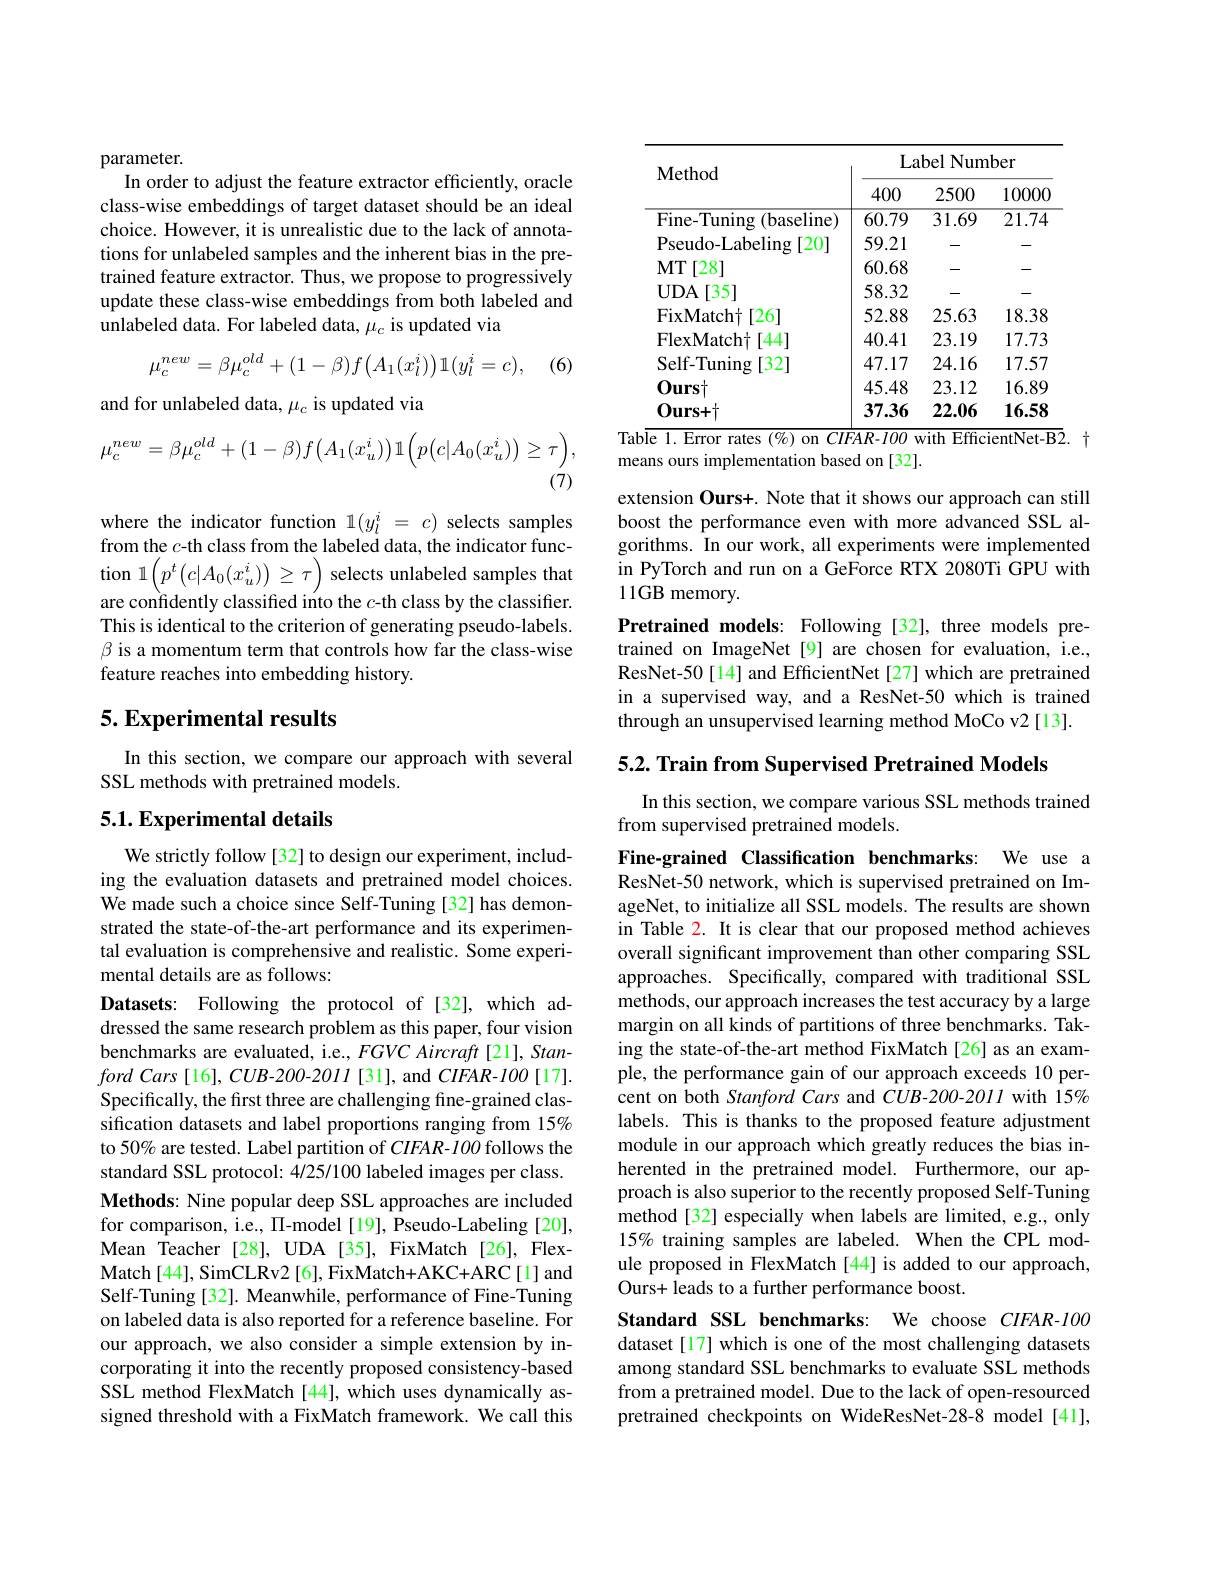
parameter.
In order to adjust the feature extractor efficiently, oracle class-wise embeddings of target dataset should be an ideal choice. However, it is unrealistic due to the lack of annotations for unlabeled samples and the inherent bias in the pretrained feature extractor. Thus, we propose to progressively update these class-wise embeddings from both labeled and unlabeled data. For labeled data, $\mu_c$ is updated via
$$\mu_c^{new}=\beta\mu_c^{old}+(1-\beta)f\big(A_1(x_l^i)\big)\mathbb{1}(y_l^i=c),$$
(6)

and for unlabeled data, $\mu_c$ is updated via
$$\mu_{c}^{new}=\beta\mu_{c}^{old}+(1-\beta)f\big(A_{1}(x_{u}^{i})\big)\mathbb{1}\Big(p\big(c|A_{0}(x_{u}^{i})\big)\geq\tau\Big),$$
$(\dot{7})$

where the indicator function $1(y_l^i=c)$ selects samples from the $c$-th class from the labeled data, the indicator function $1\left(p^{t}\left(c|A_{0}(x_{u}^{i})\right)\geq\tau\right)$ selects unlabeled samples that are confidently classified into the $c$-th class by the classifier. This is identical to the criterion of generating pseudo-labels. $\beta$ is a momentum term that controls how far the class-wise feature reaches into embedding history.

## 5. Experimental results

In this section, we compare our approach with several
SSL methods with pretrained models.

## 5.1. Experimental details

We strictly follow [32] to design our experiment, including the evaluation datasets and pretrained model choices. We made such a choice since Self-Tuning [32] has demonstrated the state-of-the-art performance and its experimental evaluation is comprehensive and realistic. Some experimental details are as follows:
Datasets: Following the protocol of [32], which addressed the same research problem as this paper, four vision benchmarks are evaluated, i.e., FGVC Aircraft [21], Stanford Cars [16], $CUB- 200- 2011$ [31],and $CIFAR- 100$ [17]. Specifically, the first three are challenging fine-grained classification datasets and label proportions ranging from 15% to 50% are tested. Label partition of $CIFAR-100$ follows the standard SSL protocol: $\hat{4}/25/100$ labeled images per class. Methods: Nine popular deep SSL approaches are included for comparison, i.e., $\Pi$-model[19], Pseudo-Labeling[20], Mean Teacher[28], UDA[35], FixMatch[26], FlexMatch [ 44] , SimCLRv2 [ 6] , FixMatch+ AKC+ ARC [ 1] and Self-Tuning[32]. Meanwhile, performance of Fine-Tuning on labeled data is also reported for a reference baseline. For our approach, we also consider a simple extension by incorporating it into the recently proposed consistency-based SSL method FlexMatch [44], which uses dynamically assigned threshold with a FixMatch framework. We call this

<table>
	<tbody>
		<tr>
			<th></th>
			<th>400</th>
			<th>2500</th>
			<th>10000</th>
		</tr>
		<tr>
			<td>Fine-Tuning ${\mathbf{g}}({\mathbf{b}}{\mathbf{a}}{\mathbf{s}}{\mathbf{e}}{\mathbf{l}}{\mathbf{i}}{\mathbf{n}}{\mathbf{e}})$</td>
			<td>60.79</td>
			<td>31.69</td>
			<td>21.74</td>
		</tr>
		<tr>
			<td>Pseudo- Labeling $\mathbf{I}[20]$</td>
			<td>59.21</td>
			<td> </td>
			<td>一</td>
		</tr>
		<tr>
			<td>$MT$ [28]</td>
			<td>60.68</td>
			<td> </td>
			<td>一</td>
		</tr>
		<tr>
			<td>$UDA$ [35]</td>
			<td>58.32</td>
			<td> </td>
			<td>一</td>
		</tr>
		<tr>
			<td>FixMatcht [26]</td>
			<td>52.88</td>
			<td>25.63</td>
			<td>18.38</td>
		</tr>
		<tr>
			<td>FlexMatch [44]</td>
			<td>40.41</td>
			<td>23.19</td>
			<td>17.73</td>
		</tr>
		<tr>
			<td>Self-Tuning $[32^{-}]$</td>
			<td>47.17</td>
			<td>24.16</td>
			<td>17.57</td>
		</tr>
		<tr>
			<td>$0urs\dagger$</td>
			<td>45.48</td>
			<td>23.12</td>
			<td>16.89</td>
		</tr>
		<tr>
			<td>$0urs+1$</td>
			<td>37.36</td>
			<td>22.06</td>
			<td>16.58</td>
		</tr>
	</tbody>
</table>
Table 1. Error rates $(\%)$ on $CIFAR- IOO$ with EfficientNet- B2.十

means ours implementation based on [32].

extension Ours+. Note that it shows our approach can still boost the performance even with more advanced SSL algorithms. In our work, all experiments were implemented in PyTorch and run on a GeForce RTX 2080Ti GPU with 11GB memory.
Pretrained models: Following [32], three models pretrained on ImageNet[9] are chosen for evaluation, i.e., ResNet-50[14] and EfficientNet[27] which are pretrained in a supervised way, and a ResNet-50 which is trained through an unsupervised learning method MoCo v2[13].

5.2. Train from Supervised Pretrained Models

In this section, we compare various SSL methods trained
from supervised pretrained models.

Fine-grained Classification benchmarks: We use a ResNet-50 network, which is supervised pretrained on ImageNet, to initialize all SSL models. The results are shown in Table 2. It is clear that our proposed method achieves overall significant improvement than other comparing SSL approaches. Specifically, compared with traditional SSL methods, our approach increases the test accuracy by a large margin on all kinds of partitions of three benchmarks. Taking the state-of-the-art method FixMatch[26] as an example, the performance gain of our approach exceeds 10 percent on both Stanford Cars and CUB-200-2011 with 15% labels. This is thanks to the proposed feature adjustment module in our approach which greatly reduces the bias inherented in the pretrained model. Furthermore, our approach is also superior to the recently proposed Self-Tuning method[32] especially when labels are limited, e.g., only 15% training samples are labeled. When the CPL module proposed in FlexMatch [44] is added to our approach, Ours+ leads to a further performance boost.

Standard SSL benchmarks: We choose CIFAR-100

dataset[17] which is one of the most challenging datasets among standard SSL benchmarks to evaluate SSL methods from a pretrained model. Due to the lack of open-resourced pretrained checkpoints on WideResNet-28-8 model[41],